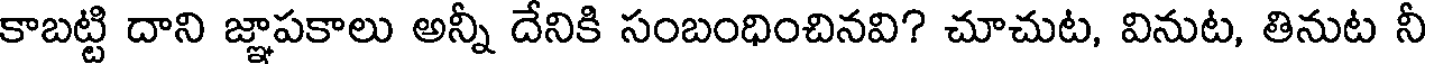
కాబట్టి దాని జ్ఞాపకాలు అన్నీ దేనికి సంబంధించినవి? చూచుట, వినుట, తినుట నీ